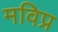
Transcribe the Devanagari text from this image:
मविप्र